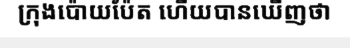
ក្រុងប៉ោយប៉ែត ហើយបានឃើញថា